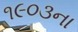
૧૯૦૩ના